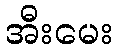
အီးမေး